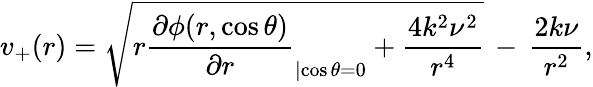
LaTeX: v_{+}(r)=\sqrt{r\frac{\partial\phi(r,\cos\theta)}{\partial r}_{|{\cos\theta=0}}+\frac{4k^{2}\nu^{2}}{r^{4}}}\, -\, \frac{2k\nu}{r^{2}},